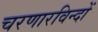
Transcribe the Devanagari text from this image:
चरणारविन्दों